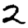
Digit: 2